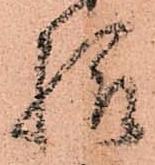
様